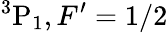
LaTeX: {}^{3}\mathrm{P}_{1},F^{\prime}=1/2